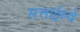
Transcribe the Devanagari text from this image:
सत्ताईस्वें